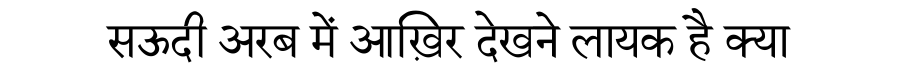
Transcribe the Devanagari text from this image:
सऊदी अरब में आख़िर देखने लायक है क्या